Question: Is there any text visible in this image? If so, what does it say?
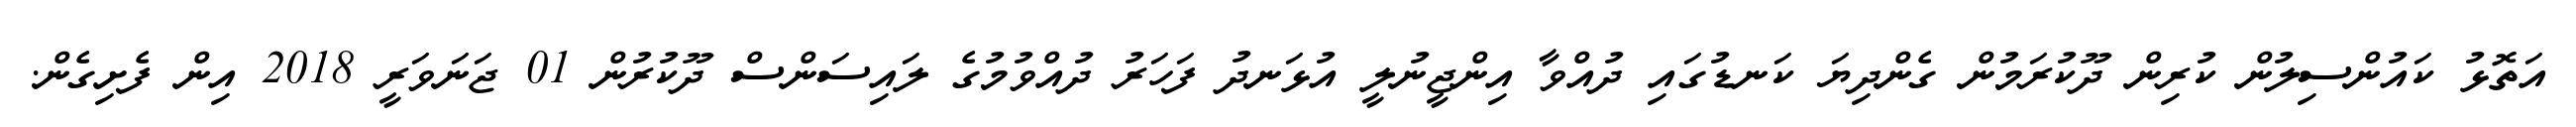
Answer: އަތޮޅު ކައުންސިލުން ކުރިން ދޫކުރަމުން ގެންދިޔަ ކަނޑުގައި ދުއްވާ އިންޖީނުލީ އުޅަނދު ފަހަރު ދުއްވުމުގެ ލައިސަންސް ދޫކުރުން 01 ޖަނަވަރީ 2018 އިން ފެށިގެން.